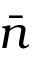
\bar { n }